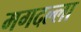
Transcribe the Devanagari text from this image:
मगदल्ला